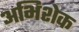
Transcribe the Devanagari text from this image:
अभिशेक